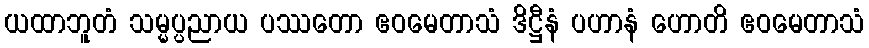
ယထာဘူတံ သမ္မပ္ပညာယ ပဿတော ဧဝမေတာသံ ဒိဋ္ဌီနံ ပဟာနံ ဟောတိ ဧဝမေတာသံ